Civil Veterinary Department. Madras. Admin. report 1926-33 - 1926-1933
Year: 1926
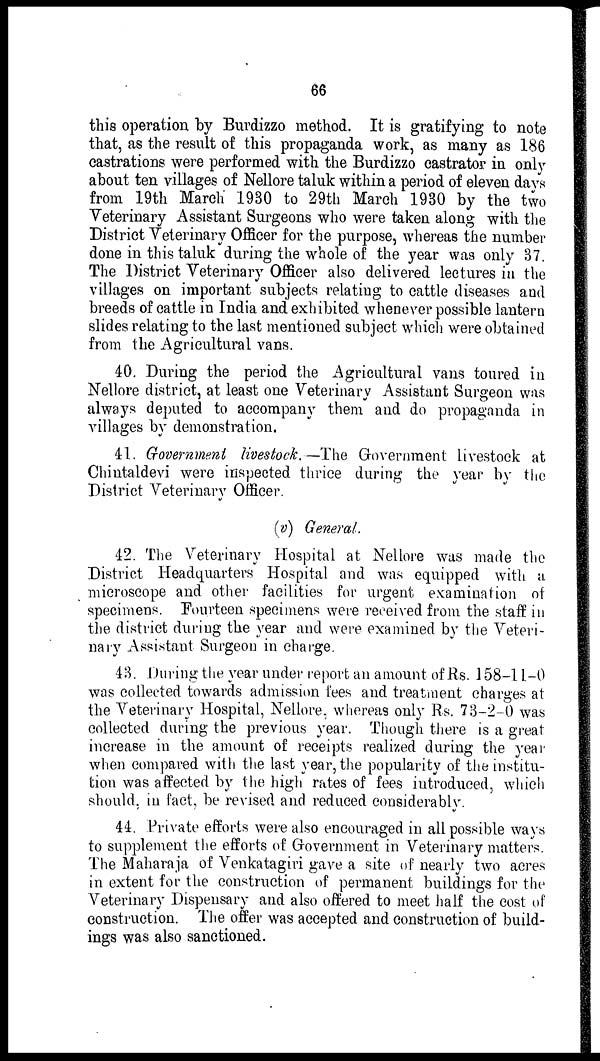
66
this operation by Burdizzo method. It is gratifying to note
that, as the result of this propaganda work, as many as 186
castrations were performed with the Burdizzo castrator in only
about ten villages of Nellore taluk within a period of eleven days
from 19th March 1930 to 29th March 1930 by the two
Veterinary Assistant Surgeons who were taken along with the
District Veterinary Officer for the purpose, whereas the number
done in this taluk during the whole of the year was only 37.
The District Veterinary Officer also delivered lectures in the
villages on important subjects relating to cattle diseases and
breeds of cattle in India and exhibited whenever possible lantern
slides relating to the last mentioned subject which were obtained
from the Agricultural vans.
40. During the period the Agricultural vans toured in
Nellore district, at least one Veterinary Assistant Surgeon was
always deputed to accompany them and do propaganda in
villages by demonstration.
41. Government livestock.—The Government livestock at
Chintaldevi were inspected thrice during the year by the
District Veterinary Officer.
(v) General.
42. The Veterinary Hospital at Nellore was made the
District Headquarters Hospital and was equipped with a
microscope and other facilities for urgent examination of
specimens. Fourteen specimens were received from the staff in
the district during the year and were examined by the Veteri-
nary Assistant Surgeon in charge.
43. During the year under report an amount of Rs. 158-11-0
was collected towards admission fees and treatment charges at
the Veterinary Hospital, Nellore, whereas only Rs. 73-2-0 was
collected during the previous year. Though there is a great
increase in the amount of receipts realized during the year
when compared with the last year, the popularity of the institu-
tion was affected by the high rates of fees introduced, which
should, in fact, be revised and reduced considerably.
44. Private efforts were also encouraged in all possible ways
to supplement the efforts of Government in Veterinary matters.
The Maharaja of Venkatagiri gave a site of nearly two acres
in extent for the construction of perman ent buildings for the
Veterinary Dispensary and also offered to meet half the cost of
construction. The offer was accepted and construction of build-
ings was also sanctioned.